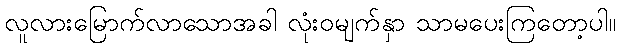
လူလားမြောက်လာသောအခါ လုံးဝမျက်နှာ သာမပေးကြတော့ပါ။